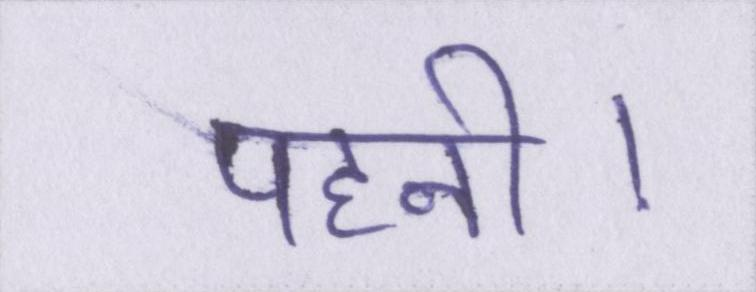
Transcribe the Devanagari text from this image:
पहनी।